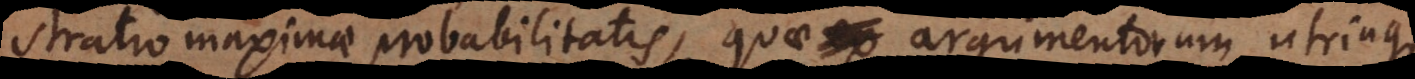
stratio maximae probabilitatis, quae argumentorum utrinque